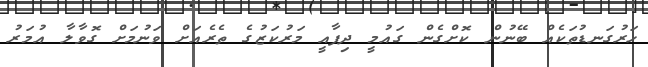
ހަރުގަނޑުތަކެއް ބޭނުން ކޮށްގެން ގައުމީ ދިފާއީ މަރުކަޒުގެ ތެރެއަށް ވަނުމަށް ގޮވާލާ އުމަރު